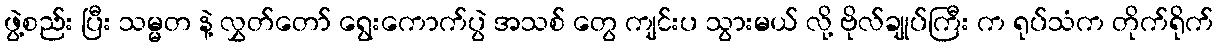
ဖွဲ့စည်း ပြီး သမ္မတ နဲ့ လွှတ်တော် ရွေးကောက်ပွဲ အသစ် တွေ ကျင်းပ သွားမယ် လို့ ဗိုလ်ချုပ်ကြီး က ရုပ်သံက တိုက်ရိုက်